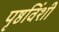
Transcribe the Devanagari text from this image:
पृष्ठविंशी